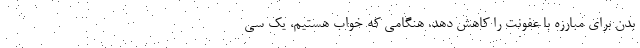
بدن برای مبارزه با عفونت را کاهش دهد. هنگامی که خواب هستیم، یک سی